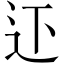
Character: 𨑜